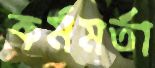
কর্মমর্তা